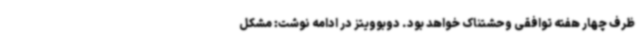
ظرف چهار هفته توافقی وحشتناک خواهد بود. دوبوویتز در ادامه نوشت: مشکل